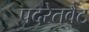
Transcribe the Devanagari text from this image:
पदरेतवैट